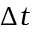
\Delta t